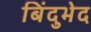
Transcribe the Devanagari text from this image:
बिंदुभेद